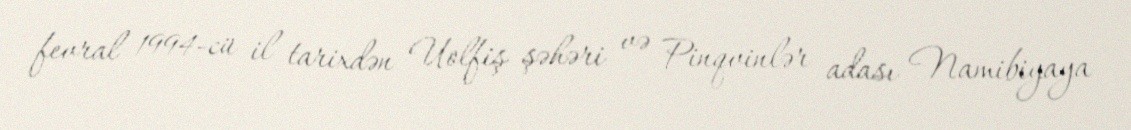
fevral 1994-cü il tarixdən Uolfiş şəhəri və Pinqvinlər adası Namibiyaya